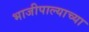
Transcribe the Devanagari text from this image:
भाजीपाल्याच्या